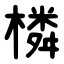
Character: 橉